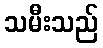
သမီးသည်